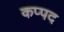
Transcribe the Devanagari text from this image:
कप्पद